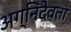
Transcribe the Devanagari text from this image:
अग्निदेवता